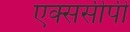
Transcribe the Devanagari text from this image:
एक्ससीपी